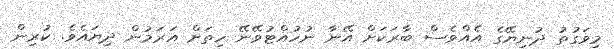
މިވަގުތު ދުނިޔޭގެ އެއްވެސް ބާރަކަށް އޭނާ ނުހުއްޓުވޭނޭ ހިތަށް އަރަމުން ދިޔައެވެ. ކުރިން